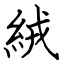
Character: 絨